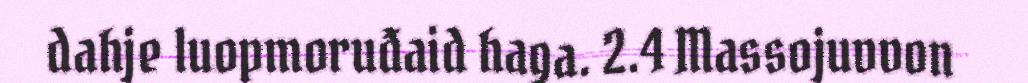
dahje luopmoruđaid haga. 2.4 Massojuvvon